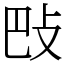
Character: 𢻷